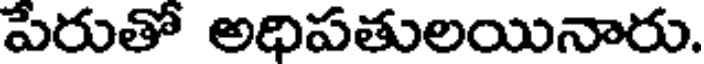
పేరుతో అధిపతులయినారు.